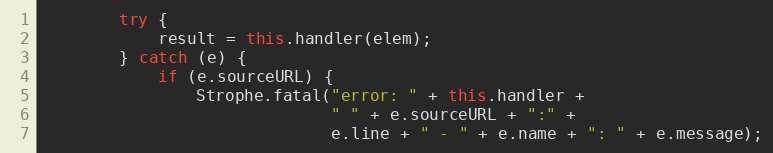
Language: JavaScript
        try {
            result = this.handler(elem);
        } catch (e) {
            if (e.sourceURL) {
                Strophe.fatal("error: " + this.handler +
                              " " + e.sourceURL + ":" +
                              e.line + " - " + e.name + ": " + e.message);